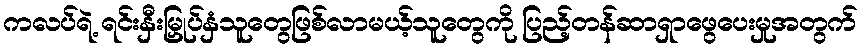
ကလပ်ရဲ့ ရင်းနှီးမြှုပ်နှံသူတွေဖြစ်လာမယ့်သူတွေကို ပြည့်တန်ဆာရှာဖွေပေးမှုအတွက်